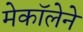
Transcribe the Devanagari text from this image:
मेकॉलेने